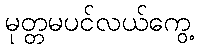
မုတ္တမပင်လယ်ကွေ့